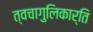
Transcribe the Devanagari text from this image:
त्वचागुलिकार्ति